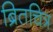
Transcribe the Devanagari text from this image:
ब्रितचित्र